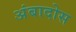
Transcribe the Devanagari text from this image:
अंबादोस